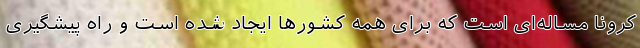
کرونا مساله‌ای است که برای همه کشورها ایجاد شده است و راه پیشگیری